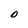
Character: D